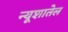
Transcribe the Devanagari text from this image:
न्यूशातेल